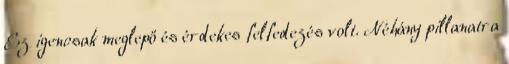
Ez igencsak meglepő és érdekes felfedezés volt. Néhány pillanatra